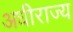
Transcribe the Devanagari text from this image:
अधीराज्य